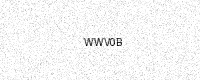
Text: WWV0B